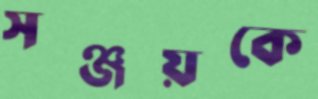
সঞ্জয়কে